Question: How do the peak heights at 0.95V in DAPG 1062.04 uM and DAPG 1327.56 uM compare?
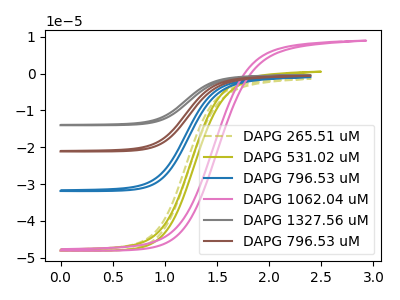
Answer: <think>The olive dashed curve "DAPG 265.51 uM" has no peaks. The olive curve "DAPG 531.02 uM" has no peaks. The blue curve "DAPG 796.53 uM" has no peaks. The pink curve "DAPG 1062.04 uM" has no peaks. The gray curve "DAPG 1327.56 uM" has no peaks. The brown curve "DAPG 796.53 uM" has no peaks.</think>
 <answer>"DAPG 1062.04 uM" and "DAPG 1327.56 uM" dont share a peak at 0.95V.</answer>
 <eval>mismatch</eval>